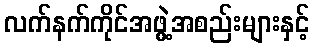
လက်နက်ကိုင်အဖွဲ့အစည်းများနှင့်